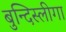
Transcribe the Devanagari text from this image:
बुन्दिस्लीगा